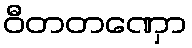
ဝီတတဏှော